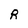
Character: R